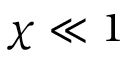
\chi \ll 1